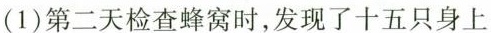
(1)第二天检查蜂窝时，发现了十五只身上